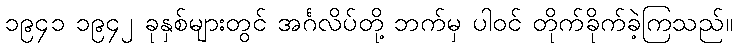
၁၉၄၁ ၁၉၄၂ ခုနှစ်များတွင် အင်္ဂလိပ်တို့ ဘက်မှ ပါဝင် တိုက်ခိုက်ခဲ့ကြသည်။